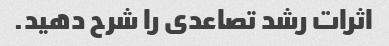
اثرات رشد تصاعدی را شرح دهید.